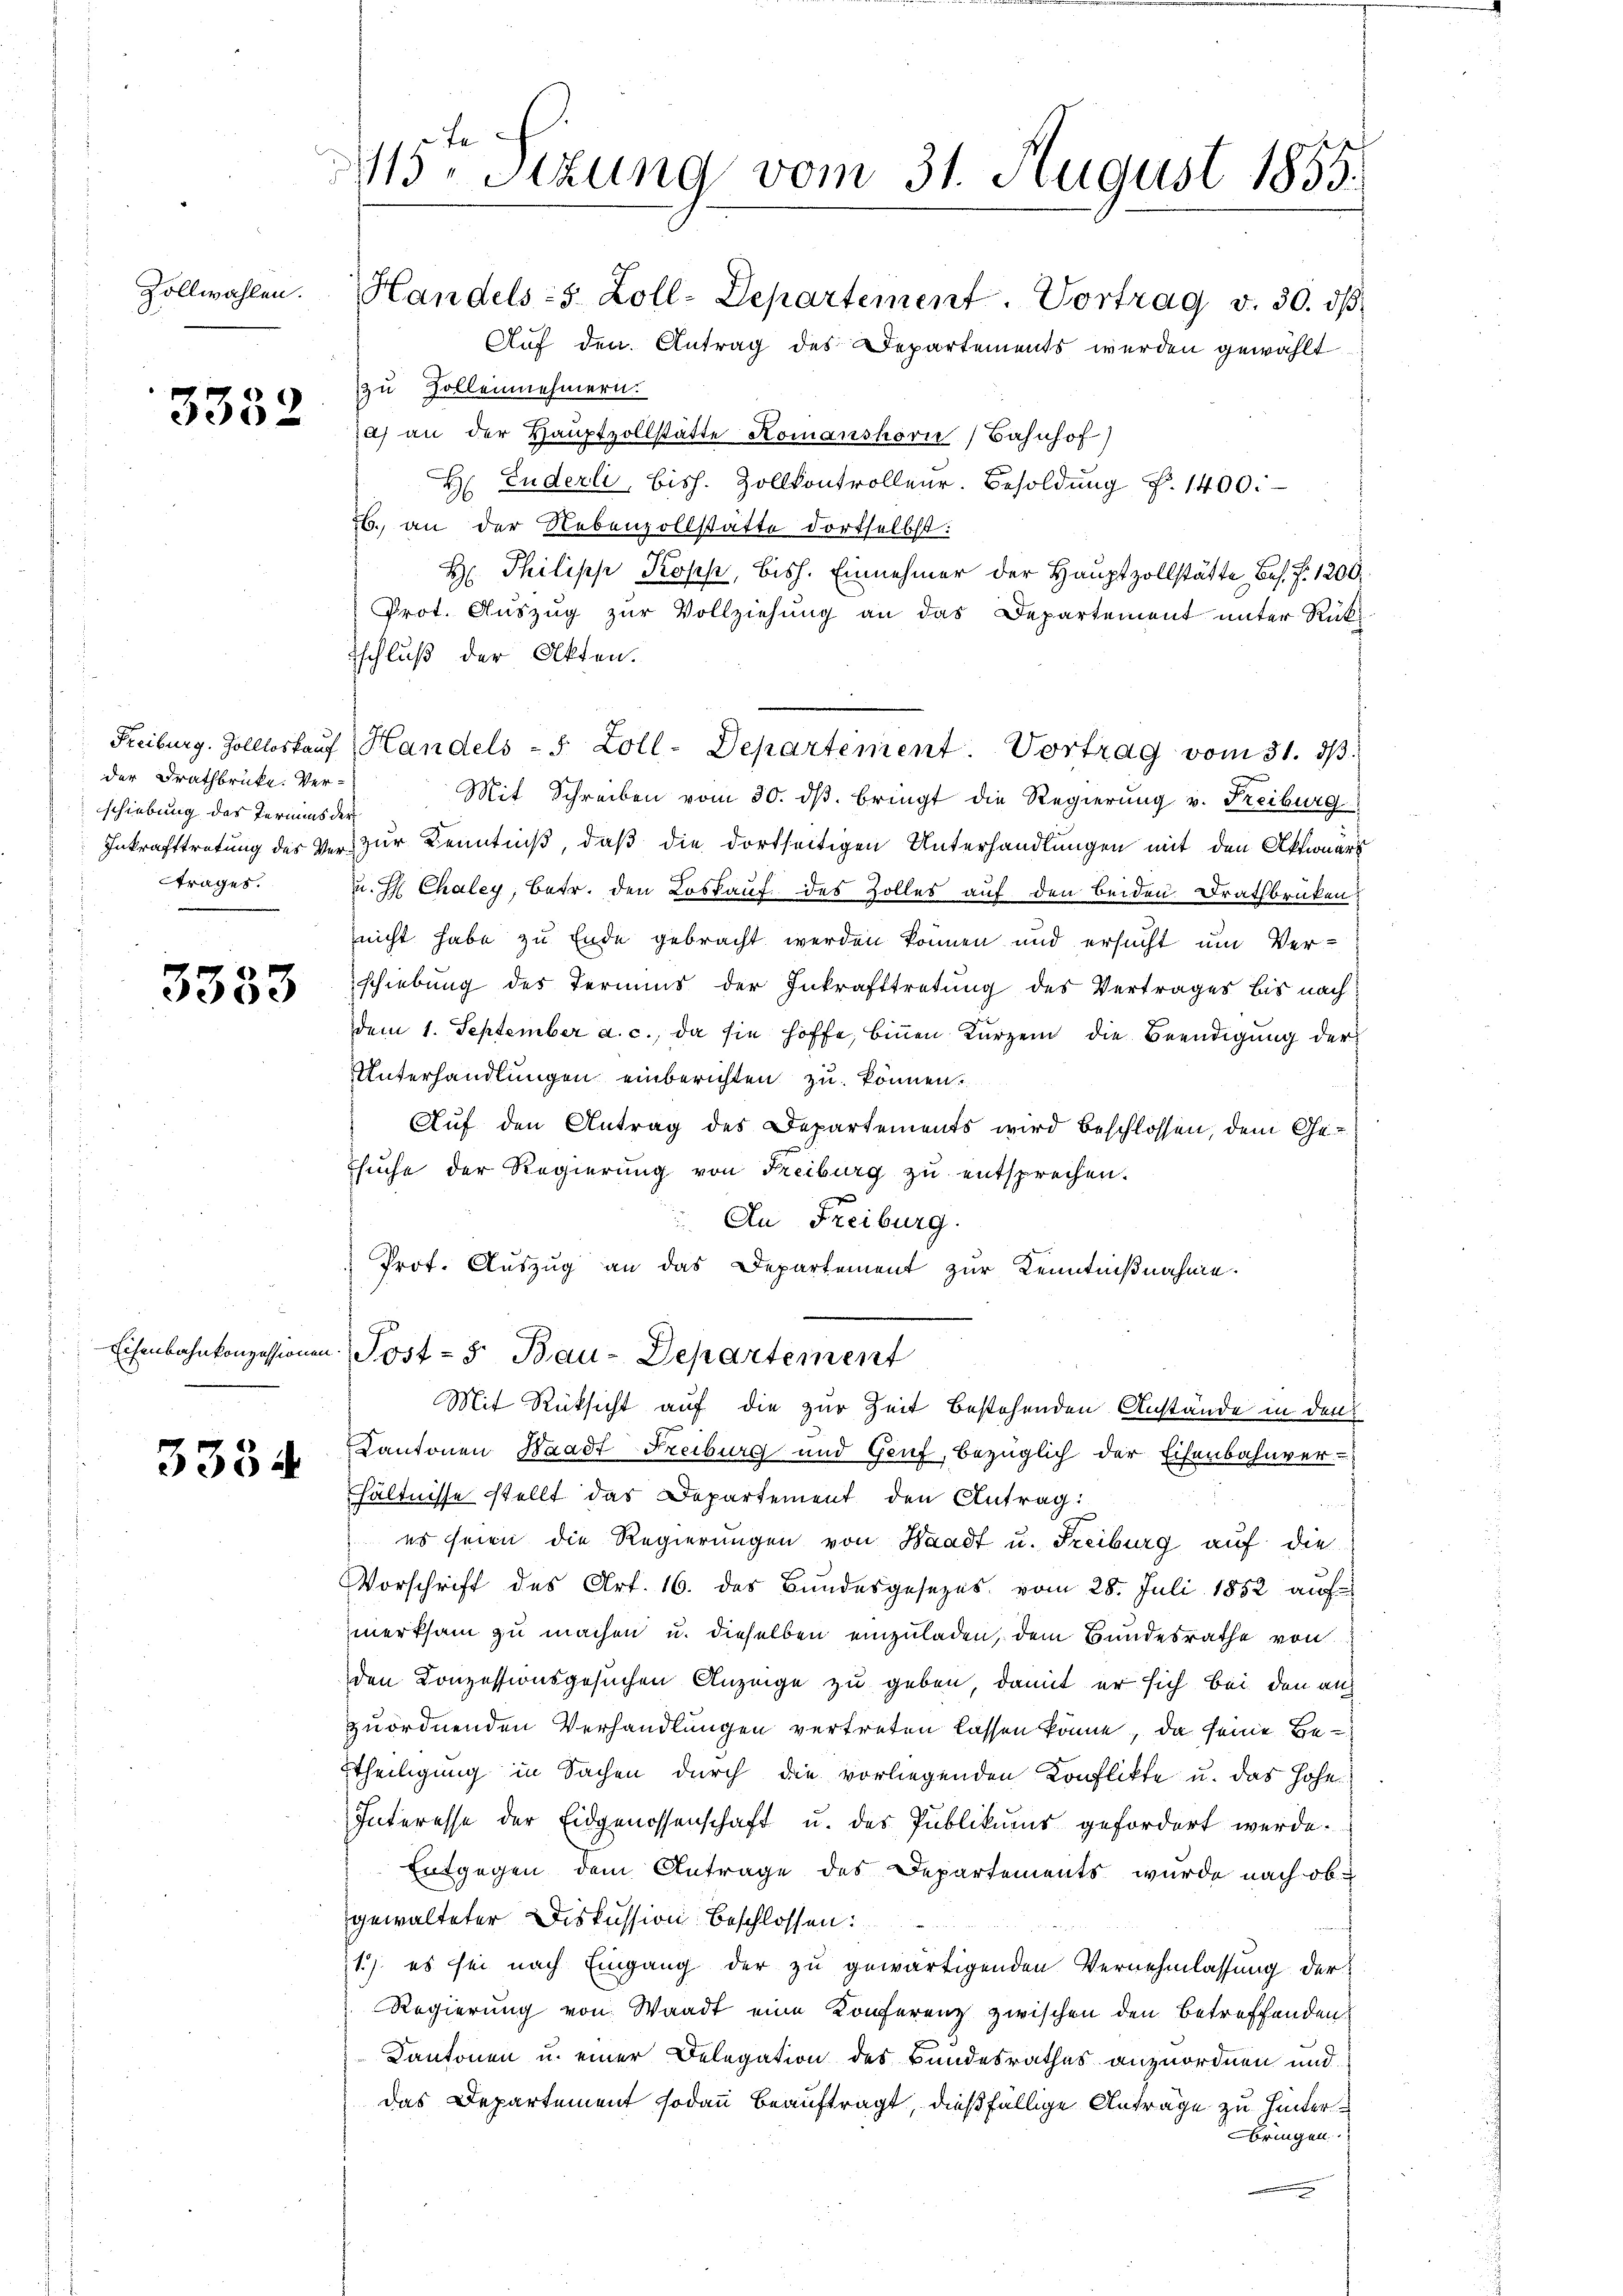
Zollwahlen.

3352

der Drathbrücke. Verschiebung des Termins der
trages.

3333

3334

Handels-S. Zoll-Departement Vortrag v. 30. dβ
Auf den Antrag des Departements werden gewählt
zu Zollennehmern.
3a) an der Hauptvollstätte Komanshorn, Bahnhof
H Fuderli, bish. Zollkontrolleur. Besoldung §. 1400.
b. an der Nebenzollstatte dortselbst:
H Philipp Kopf, bish. Einnehmer der Hauptzollstätte bes. Z. 1200.
Prot. Auszug zur Vollziehung an das Departement unter Rücktschluß der Akten.
Freiburg. Zollloskauf Handels - 5 Zoll-Departement. Vortrag vom 31. d.
Mit Schreiben vom 30. ds. bringt die Regierung v. Freiburg
Inkrafttretung des Vers zur Kenntniß, daß die dortseitigen Unterhandlungen mit den Aktionärs
u. H. Chaley, betr. den Loskauf des Zolles auf den beiden Drathbrüken
nicht habe zu Ende gebracht werden können und ersucht um Ver-
schiebung des Termins der Inkrafttretung des Vertrages bis nach
dem 1. September a. c., da sie hoffe, binnen Kurzem die Beendigung der
Unterhandlungen einberichten zu können.
Auf den Antrag des Departements wird beschlossen, dem Gesuche der Regierung von Freiburg zu entsprechen.
An Freiburg.
Prot. Auszug an das Departement zur Kenntnißnahme.
Eisenbahnkonzessionen Post- & Bau-Departement
Mit Rüksicht auf die zur Zeit bestehenden Anstände in den
Cantonen Waadt Freiburg und Genf, bezüglich der Eisenbahnver-
hältnisse stellt das Departement den Antrag:
es seien die Regierungen von Waadt u. Freiburg auf die
Vorschrift des Art. 16. das Bundesgesezes vom 28. Juli 1852 auf
merksam zu machen u. dieselben einzuladen, dem Bundesrathe von
den Konzessionsgesuchen Anzeige zu geben, damit er sich bei den auf
zuordnenden Verhandlungen vertreten lassen könne, da seine Bettheiligung in Sachen durch die vorliegenden Konflikte u. das Hohe
Interesse der Eidgenossenschaft u. des Publikums gefordert werde.
Entgegen dem Antrage des Departements wurde nach obgewalteter Diskussion beschlossen:
1) es sei nach Eingang der zu gewärtigenden Vernehmlassung der
Regierung von Waadt eine Konferenz zwischen den betreffenden
Kantonen u. einer Delegation des Bandesrathes anzuordnen und
das Departement sodann beauftragt, dießfällige Anträge zu hinterbringen.

15. Sitzung vom 31. August 1855.